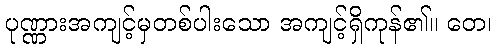
ပုဏ္ဏားအကျင့်မှတစ်ပါးသော အကျင့်ရှိကုန်၏။ တေ၊